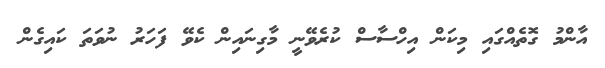
އާންމު ގޮތެއްގައި މިކަން އިހްސާސް ކުރެވޭނީ މާގިނައިން ކެވޭ ފަހަރު ނުވަތަ ކައިގެން